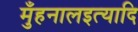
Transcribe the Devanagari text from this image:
मुँहनालइत्यादि